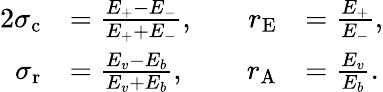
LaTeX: \begin{array}{rlrl}{{2}\sigma_{\mathrm{c}}}&{=\frac{E_{+}-E_{-}}{E_{+}+E_{-}},\quad}&{r_{\mathrm{E}}}&{=\frac{E_{+}}{E_{-}},}\\ {\sigma_{\mathrm{r}}}&{=\frac{E_{v}-E_{b}}{E_{v}+E_{b}},}&{r_{\mathrm{A}}}&{=\frac{E_{v}}{E_{b}}.}\end{array}